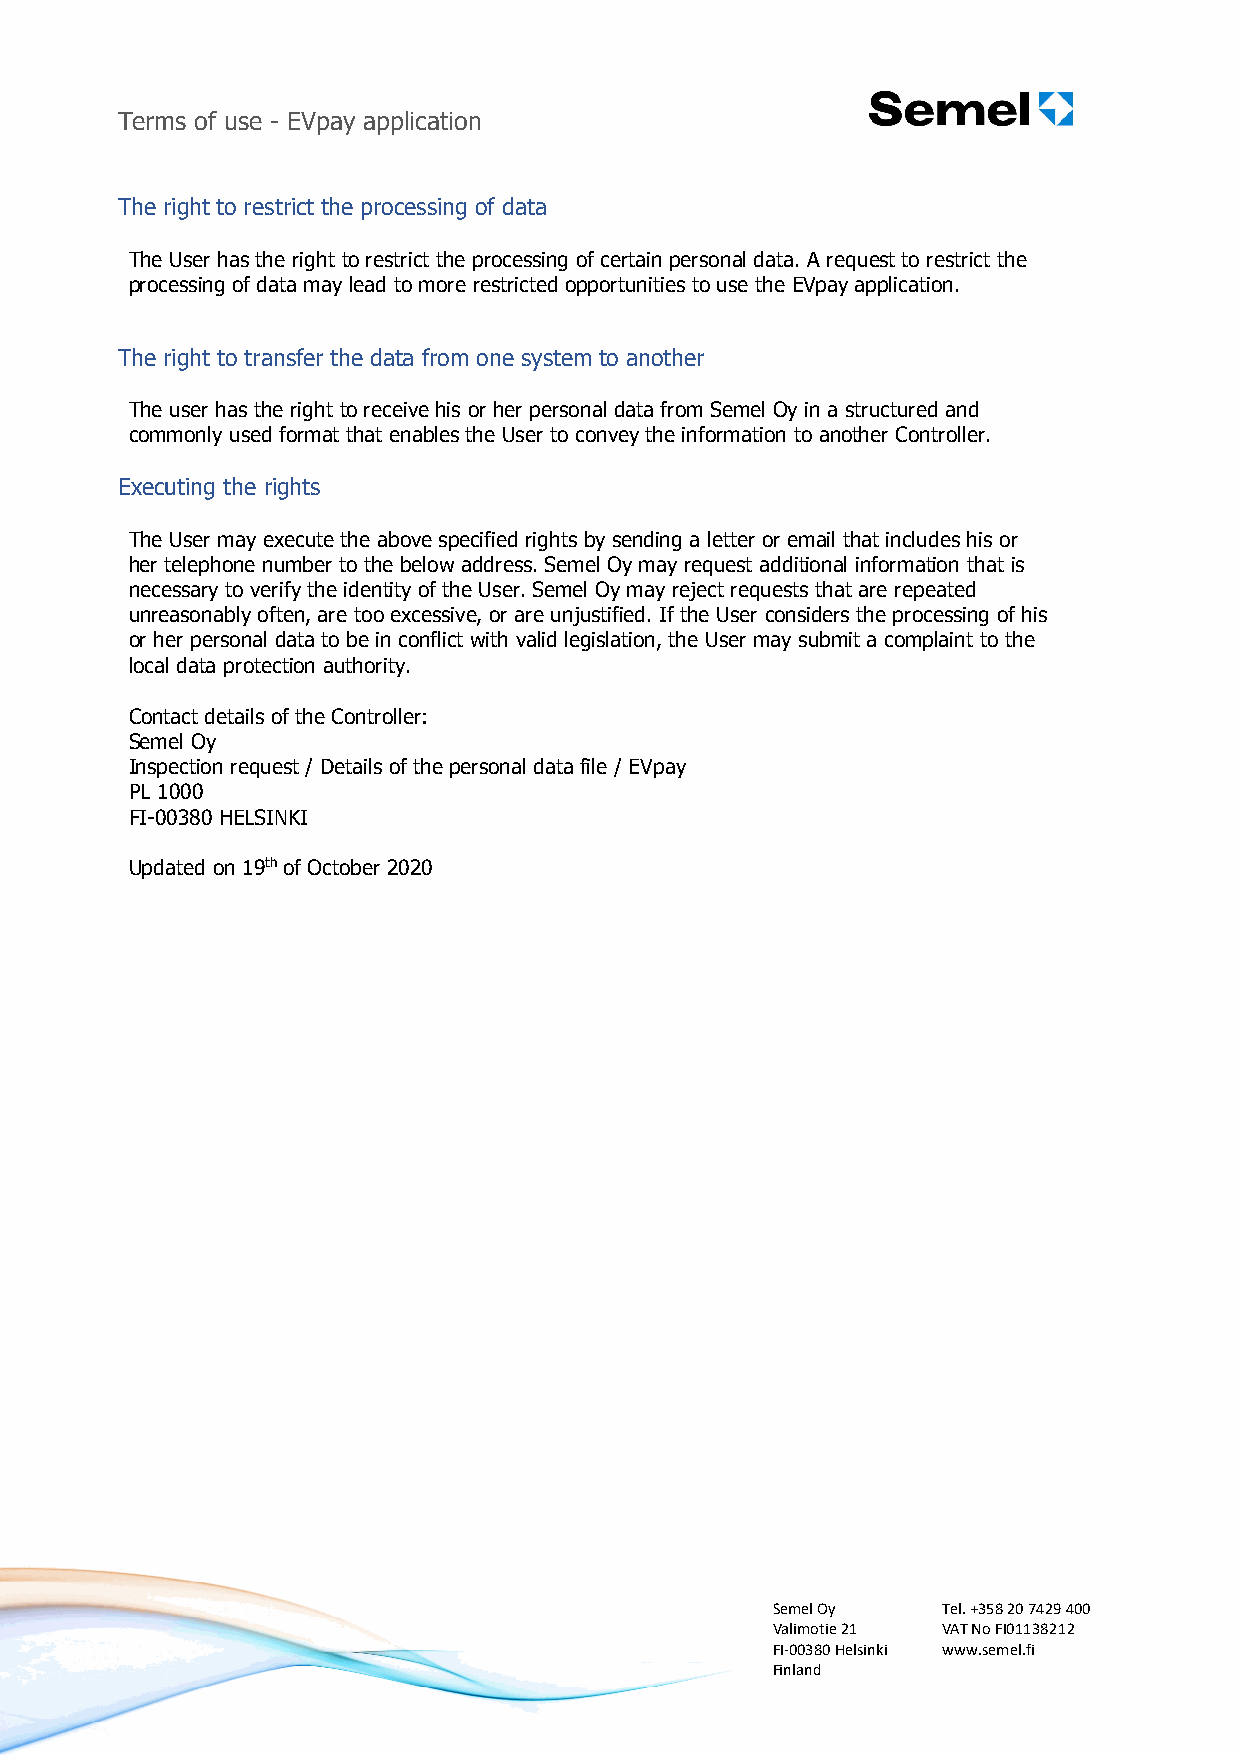
Terms of use - EVpay application
 The right to restrict the processing of data
 The User has the right to restrict the processing of certain personal data. A request to restrict the
 processing of data may lead to more restricted opportunities to use the EVpay application.
 The right to transfer the data from one system to another
 The user has the right to receive his or her personal data from Semel Oy in a structured and
 commonly used format that enables the User to convey the information to another Controller.
 Executing the rights
 The User may execute the above specified rights by sending a letter or email that includes his or
 her telephone number to the below address. Semel Oy may request additional information that is
 necessary to verify the identity of the User. Semel Oy may reject requests that are repeated
 unreasonably often, are too excessive, or are unjustified. If the User considers the processing of his
 or her personal data to be in conflict with valid legislation, the User may submit a complaint to the
 local data protection authority.
 Contact details of the Controller:
 Semel Oy
 Inspection request / Details of the personal data file / EVpay
 PL 1000
 FI-00380 HELSINKI
 Updated on 19th of October 2020
 Semel Oy   Tel. +358 20 7429 400
 Valimotie 21 VAT No FI01138212
 FI-00380 Helsinki www.semel.fi
 Finland